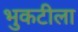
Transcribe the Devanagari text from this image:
भुकटीला